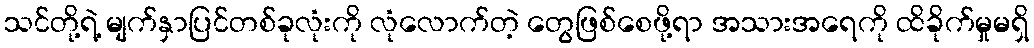
သင်တို့ရဲ့ မျက်နှာပြင်တစ်ခုလုံးကို လုံလောက်တဲ့ တွေဖြစ်စေဖို့ရာ အသားအရေကို ထိခိုက်မှုမရှိ